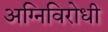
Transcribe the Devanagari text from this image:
अग्निविरोधी